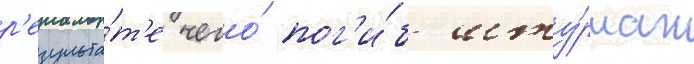
р'езульта́т'е чего́ пог'и́б шту́рман